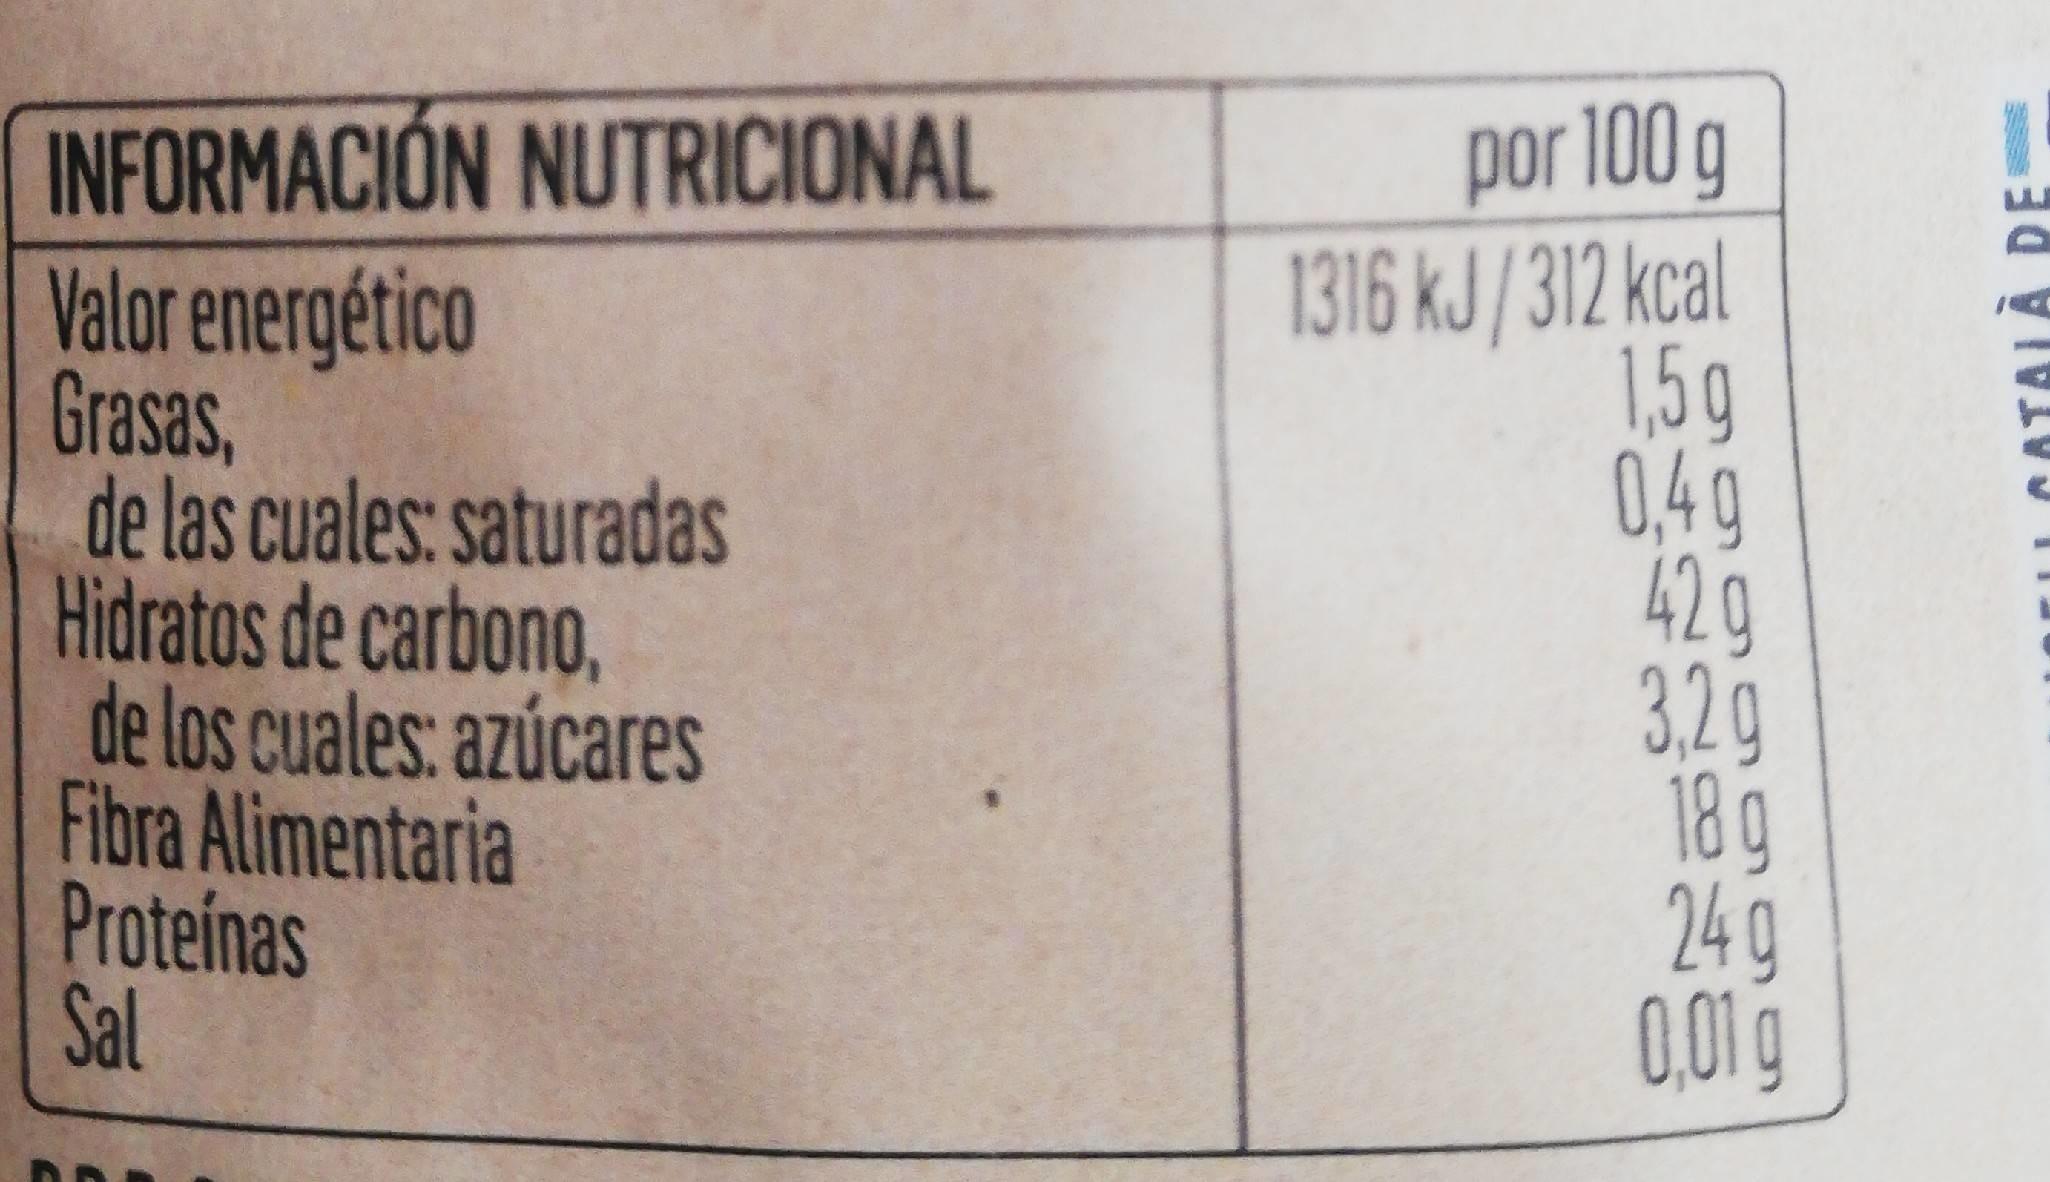
INFORMACIÓN NUTRICIONAL Valor energético Grasas, de las cuales: saturadas Hidratos de carbono, de los cuales: azúcares Fibra Alimentaria Proteínas Sal
por 100 g 1316 kJ/312 kcal 1,5g 0,4g 42g 3.2g 18 g 24 g 0,01g
COTALÀ PE